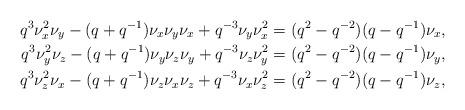
LaTeX: \begin{align*}q^3 \nu_x^2\nu_y-(q+q^{-1})\nu_x\nu_y\nu_x + q^{-3}\nu_y\nu_x^2 &= (q^2-q^{-2})(q-q^{-1})\nu_x,\\q^3 \nu_y^2\nu_z-(q+q^{-1})\nu_y\nu_z\nu_y + q^{-3}\nu_z\nu_y^2 &= (q^2-q^{-2})(q-q^{-1})\nu_y,\\q^3 \nu_z^2\nu_x-(q+q^{-1})\nu_z\nu_x\nu_z + q^{-3}\nu_x\nu_z^2 &= (q^2-q^{-2})(q-q^{-1})\nu_z,\end{align*}